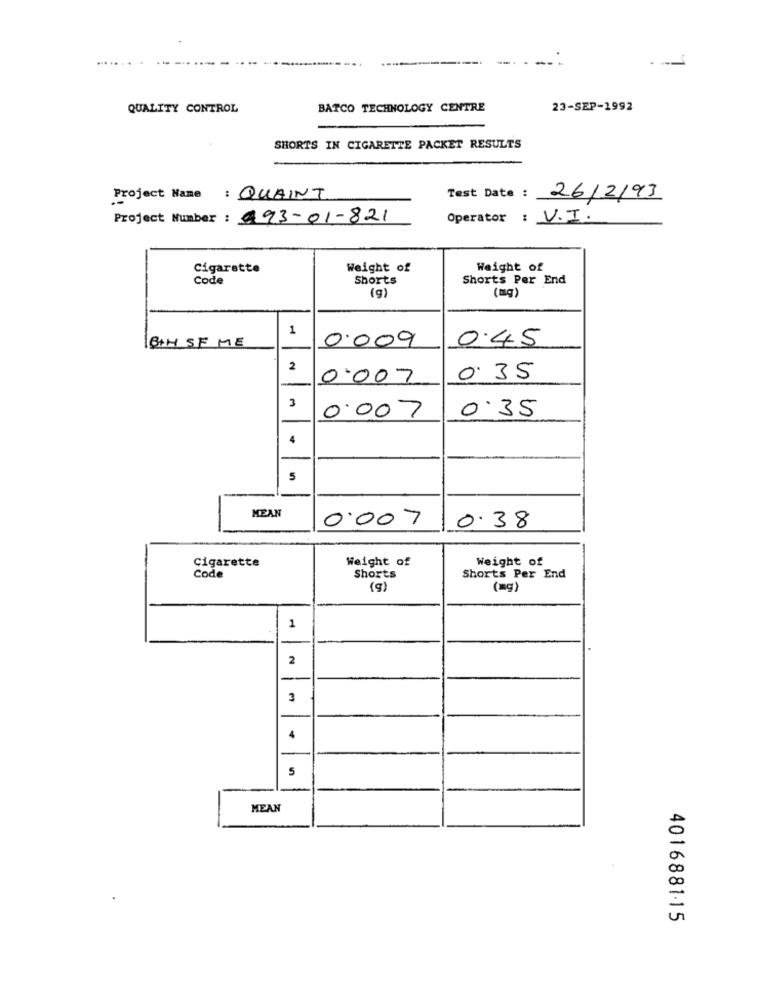
--------
--.
-.
QUALITY CONTROL
BATCO TECHNOLOGY CENTRE
23-SEP-1992
SHORTS IN CIGARETTE PACKET RESULTS
Project Name : QUAINT
Test Date : 26/2/93
Project Number : 493-01-821
Operator : V.I.
Cigarette
Weight of
Weight of
Code
Shorts
Shorts Per End
(g)
(mg)
1
0'009
0.45
BAH SF ME
2
0.007
0.35
3
0.007
0.35
4
5
MEAN
0.007
0.38
Weight of
Weight of
Cigarette
Code
Shorts
Shorts Per End
(g)
(=g)
1
2
3
4
5
MEAN
401688115